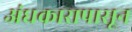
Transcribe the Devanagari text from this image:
अंधकारापासून